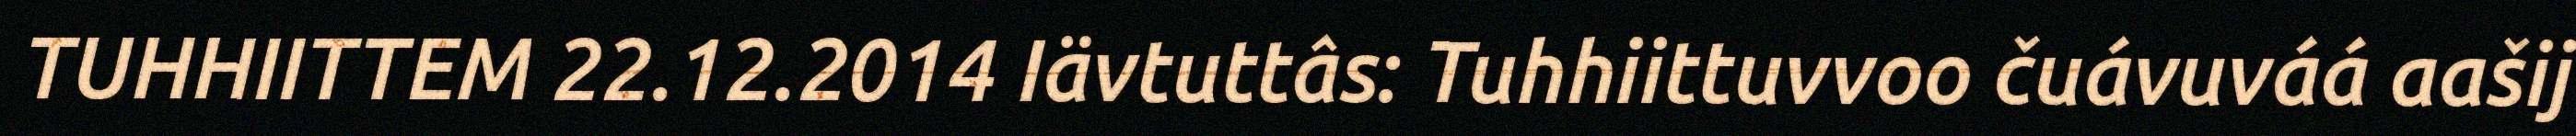
TUHHIITTEM 22.12.2014 Iävtuttâs: Tuhhiittuvvoo čuávuváá aašij